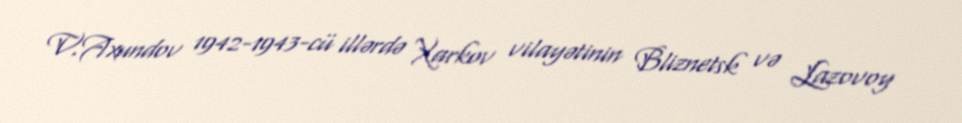
V.Axundov 1942-1943-cü illərdə Xarkov vilayətinin Bliznetsk və Lazovoy